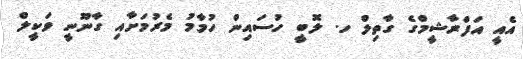
އެއީ އަފްރާޝީމްގެ ގާތިލް ހ. ލޮބީ ހުސައިން ހުމާމު މެރުމަށާއި ގާނޫނީ ވަކީލް